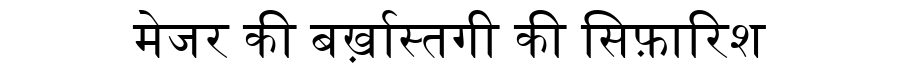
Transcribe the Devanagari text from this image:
मेजर की बर्ख़ास्तगी की सिफ़ारिश